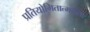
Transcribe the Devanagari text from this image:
प्रतियोगितात्मकता